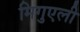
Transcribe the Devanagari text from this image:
मिगुएली